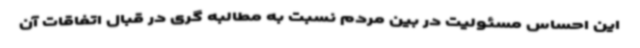
این احساس مسئولیت در بین مردم نسبت به مطالبه گری در قبال اتفاقات آن